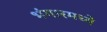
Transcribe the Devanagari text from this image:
भंगारमध्ये